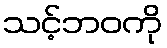
သင့်ဘဝကို